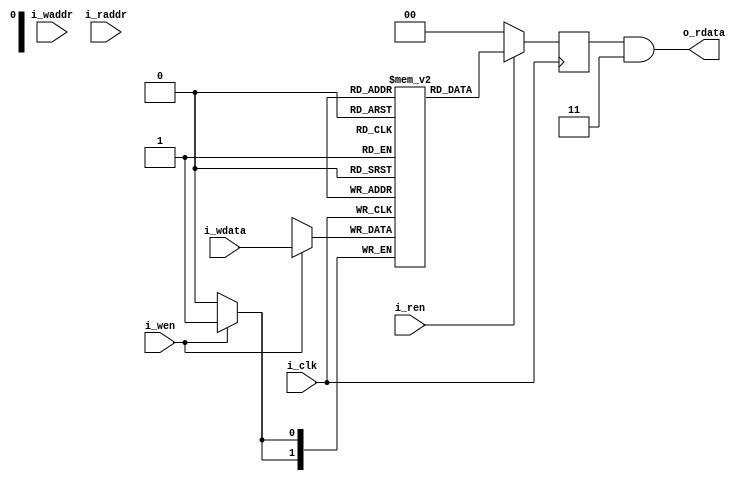
module serv_rf_ram
  #(parameter width=0,
    parameter csr_regs=4,
    parameter depth=32*(32+csr_regs)/width)
   (input wire i_clk,
    input wire [$clog2(depth)-1:0] i_waddr,
    input wire [width-1:0] 	   i_wdata,
    input wire 			   i_wen,
    input wire [$clog2(depth)-1:0] i_raddr,
    input wire			   i_ren,
    output wire [width-1:0] 	   o_rdata);

   reg [width-1:0] 		   memory [0:depth-1];
   reg [width-1:0] 		   rdata ;

   always @(posedge i_clk) begin
      if (i_wen)
	memory[i_waddr] <= i_wdata;
      rdata <= i_ren ? memory[i_raddr] : {width{1'bx}};
   end

   /* Reads from reg x0 needs to return 0
    Check that the part of the read address corresponding to the register
    is zero and gate the output
    width LSB of reg index $clog2(width)
    2     4                1
    4     3                2
    8     2                3
    16    1                4
    32    0                5
    */
   reg regzero;

   always @(posedge i_clk)
     regzero <= !(|i_raddr[$clog2(depth)-1:5-$clog2(width)]);

   assign o_rdata = rdata & ~{width{regzero}};

`ifdef SERV_CLEAR_RAM
   integer i;
   initial
     for (i=0;i<depth;i=i+1)
       memory[i] = {width{1'd0}};
`endif
endmodule